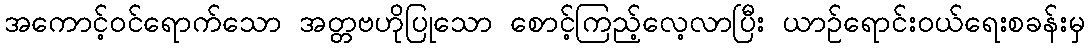
အကောင့်ဝင်ရောက်သော အတ္တဗဟိုပြုသော စောင့်ကြည့်လေ့လာပြီး ယာဉ်ရောင်းဝယ်ရေးစခန်းမှ